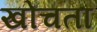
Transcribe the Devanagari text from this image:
खोचता